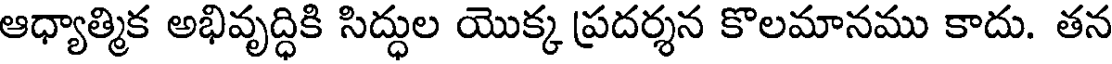
ఆధ్యాత్మిక అభివృద్ధికి సిద్ధుల యొక్క ప్రదర్శన కొలమానము కాదు. తన